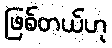
ဖြစ်တယ်ဟု